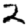
Digit: 2